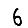
Digit: 6